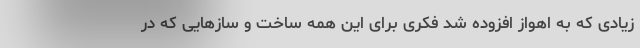
زیادی که به اهواز افزوده شد فکری برای این همه ساخت و سازهایی که در